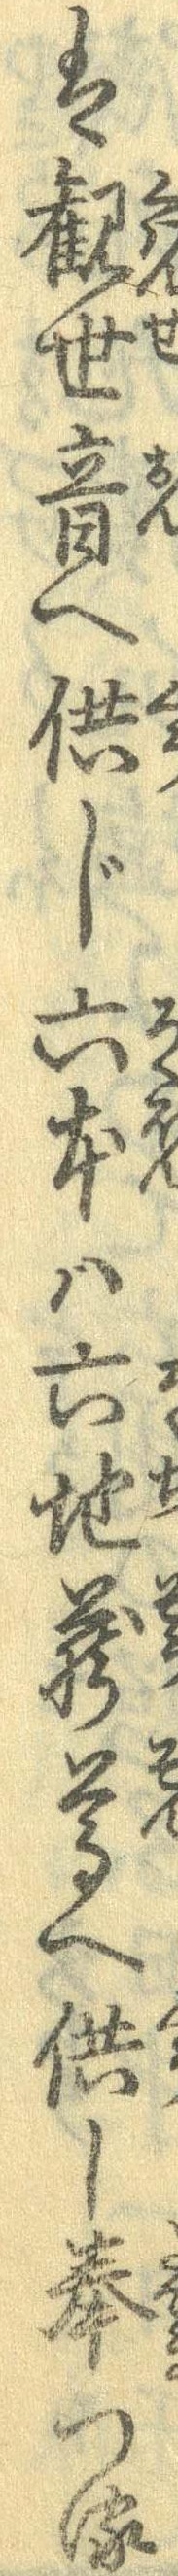
は観世音へ供じ六本は六地蔵尊へ供し奉つる